Vaccination North-Western Provinces and Oudh 1878-1895 - 1878-1895
Year: 1878
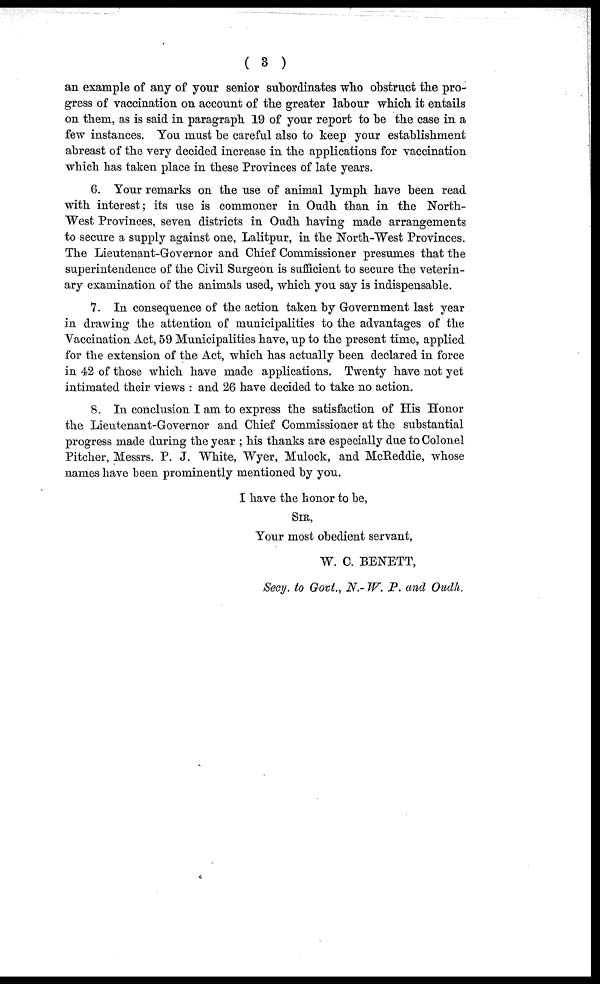
( 3 )
an example of any of your senior subordinates who obstruct the pro-
gress of vaccination on account of the greater labour which it entails
on them, as is said in paragraph 19 of your report to be the case in a
few instances. You must be careful also to keep your establishment
abreast of the very decided increase in the applications for vaccination
which has taken place in these Provinces of late years.
6. Your remarks on the use of animal lymph have been read
with interest; its use is commoner in Oudh than in the North-
West Provinces, seven districts in Oudh having made arrangements
to secure a supply against one, Lalitpur, in the North-West Provinces.
The Lieutenant-Governor and Chief Commissioner presumes that the
superintendence of the Civil Surgeon is sufficient to secure the veterin-
ary examination of the animals used, which you say is indispensable.
7. In consequence of the action taken by Government last year
in drawing the attention of municipalities to the advantages of the
Vaccination Act, 59 Municipalities have, up to the present time, applied
for the extension of the Act, which has actually been declared in force
in 42 of those which have made applications. Twenty have not yet
intimated their views : and 26 have decided to take no action.
8. In conclusion I am to express the satisfaction of His Honor
the Lieutenant-Governor and Chief Commissioner at the substantial
progress made during the year ; his thanks are especially due to Colonel
Pitcher, Messrs. P. J. White, Wyer, Mulock, and McReddie, whose
names have been prominently mentioned by you.
I have the honor to be,
SIR,
Your most obedient servant,
W. C. BENETT,
Secy. to Govt., N.- W. P. and Oudh.